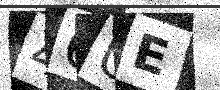
Text: 46UE